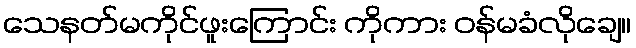
သေနတ်မကိုင်ဖူးကြောင်း ကိုကား ဝန်မခံလိုချေ။